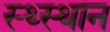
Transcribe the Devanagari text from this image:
स्‍थ्‍स्थान